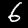
Label: 6